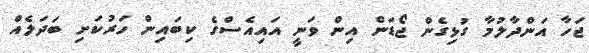
ޖަހާ އަންދާލުމާ ގުޅިގެން ޖޯޑަން އިން ވަނީ އައިއެސްގެ ކިބައިން ހަރުކަށި ބަދަލެއް